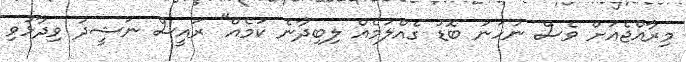
މިރާއްޖެއަށް ވެސް ނުހަނު ބޮޑު ގެއްލުމެއް ލިބިދާނެ ކަމެއް" ރައީސް ނަޝީދު ވިދާޅުވި